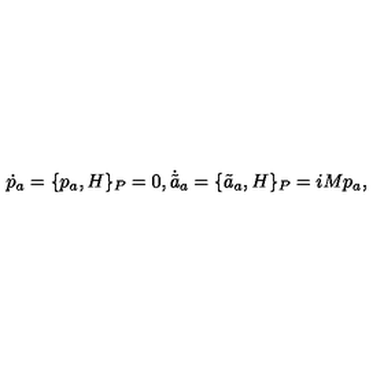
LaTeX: \dot { p } _ { a } = \{ p _ { a } , H \} _ { P } = 0 , \dot { \tilde { a } } { } _ { a } = \{ \tilde { a } _ { a } , H \} _ { P } = i M p _ { a } , \nonumber